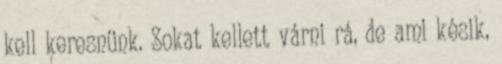
kell keresnünk. Sokat kellett várni rá, de ami késik,